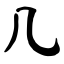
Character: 几